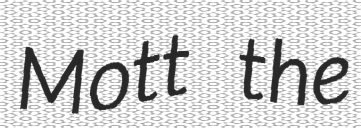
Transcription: Mott the